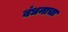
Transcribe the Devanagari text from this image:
बंधनाचा